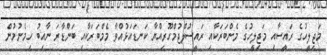
މަޖިލީހުގެ ރައީސާއި މަޖިލީހުގެ މެންބަރަކާއި ރައީސުލްޖުމްހޫރިއްޔާ ކަނޑައަޅުއްވާ މެމްބަރަކާއި ބަންޑާރަ ނާއިބު ހިމެނުމުން